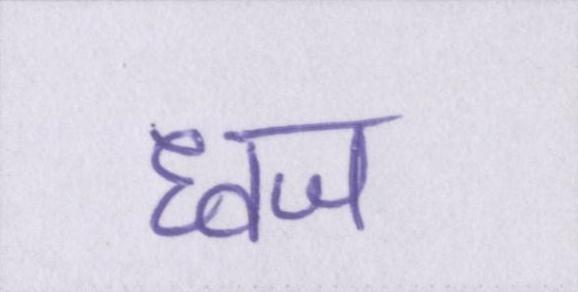
ध्वज